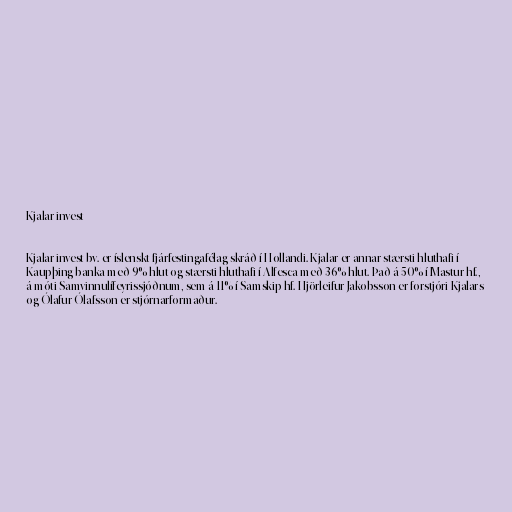
Kjalar invest

Kjalar invest bv. er íslenskt fjárfestingafélag skráð í Hollandi. Kjalar er annar stærsti hluthafi í
Kaupþing banka með 9% hlut og stærsti hluthafi í Alfesca með 36% hlut. Það á 50% í Mastur hf.,
á móti Samvinnulífeyrissjóðnum, sem á 11% í Samskip hf. Hjörleifur Jakobsson er forstjóri Kjalars
og Ólafur Ólafsson er stjórnarformaður.